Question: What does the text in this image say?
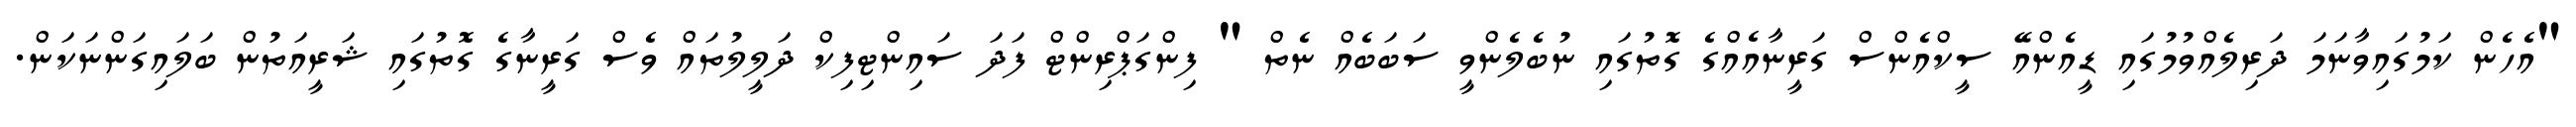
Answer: "އެހެން ކަމުގައިވާނަމަ ދަރިލެއްވުމުގައި ޑީއެންއޭ ސީކްއެންސް ގަރީނާއެއްގެ ގޮތުގައި ނުބެލެންވީ ސަބަބެއް ނެތް " ފިންގަޕްރިންޓް ފަދަ ސައިންޓިފިކް ދަލީލުތައް ވެސް ގަރީނާގެ ގޮތުގައި ޝަރީއަތުން ބަލައިގަންނަކަން.